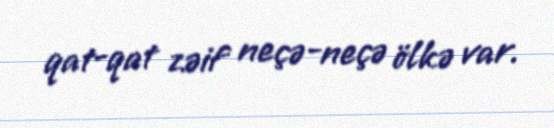
qat-qat zəif neçə-neçə ölkə var.